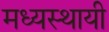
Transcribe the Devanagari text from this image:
मध्यस्थायी